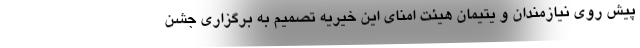
پیش روی نیازمندان و یتیمان هیئت امنای این خیریه تصمیم به برگزاری جشن